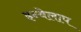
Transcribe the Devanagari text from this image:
इन्वेलाप